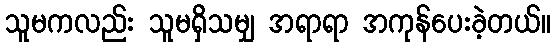
သူမကလည်း သူမရှိသမျှ အရာရာ အကုန်ပေးခဲ့တယ်။